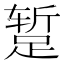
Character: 𫏐